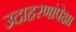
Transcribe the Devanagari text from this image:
उदाहरणांपेक्षा